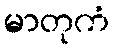
မာတုကံ